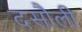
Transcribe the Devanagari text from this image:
दसौली